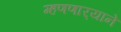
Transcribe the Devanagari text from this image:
म्हणणार्‍याने